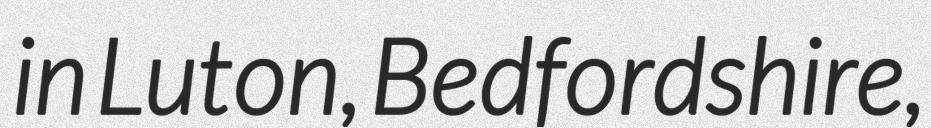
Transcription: in Luton, Bedfordshire,